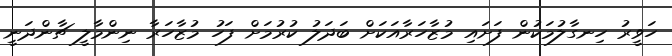
ހަވީރު ހިނގާލުމަކުން ފަށައި މުޒާހަރާއަކަށް ބަދަލު ކުރުމަށް ފަހު މުޒާހަރާ ނިންމާލީ ޗާންދަނީ